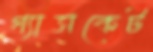
গ্যাসকেট